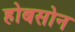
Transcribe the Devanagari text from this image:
होबसोन